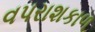
વપરાશકાળ